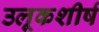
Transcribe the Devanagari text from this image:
उलूकशीर्ष